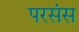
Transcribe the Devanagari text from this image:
परसंस